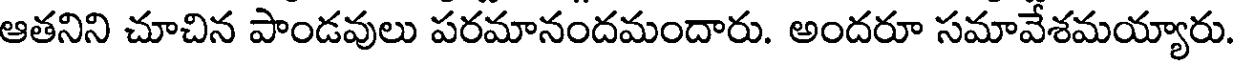
ఆతనిని చూచిన పాండవులు పరమానందమందారు. అందరూ సమావేశమయ్యారు